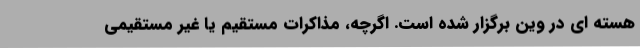
هسته ای در وین برگزار شده است. اگرچه، مذاکرات مستقیم یا غیر مستقیمی